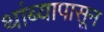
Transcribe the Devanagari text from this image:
थांब्यापासून